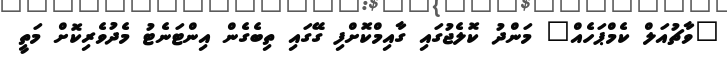
"ވާޗުއަލް ކެމްޕަހެއް" މަންދު ކޮލެޖުގައި ގާއިމްކޮށްފި ގޭގައި ތިބެގެން އިންޓަނެޓު މެދުވެރިކޮށް މަތީ